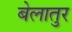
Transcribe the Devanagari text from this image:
बेलातुर